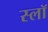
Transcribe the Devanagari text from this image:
स्लॉ